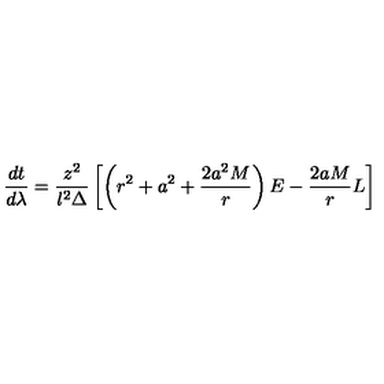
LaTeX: \frac { d t } { d \lambda } = \frac { z ^ { 2 } } { l ^ { 2 } \Delta } \left[ \left( r ^ { 2 } + a ^ { 2 } + \frac { 2 a ^ { 2 } M } { r } \right) E - \frac { 2 a M } { r } L \right]